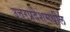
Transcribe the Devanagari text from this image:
उत्तरप्रदेशमधील